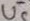
Text: U5-